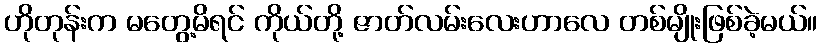
ဟိုတုန်းက မတွေ့မိရင် ကိုယ်တို့ ဇာတ်လမ်းလေးဟာလေ တစ်မျိုးဖြစ်ခဲ့မယ်။